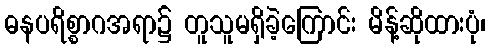
ဓနပရိစ္စာဂအရာ၌ တူသူမရှိခဲ့ကြောင်း မိန့်ဆိုထားပုံ၊